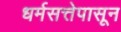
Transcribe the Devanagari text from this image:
धर्मसत्तेपासून